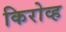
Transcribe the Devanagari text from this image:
किरोव्ह